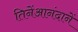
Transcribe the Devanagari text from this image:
तिनेंआनंदानें